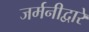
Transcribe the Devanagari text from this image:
जर्मनीद्वारे